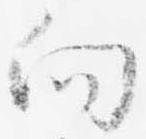
向